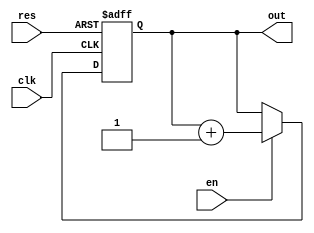
`timescale 1ns / 1ps
//////////////////////////////////////////////////////////////////////////////////
// Design Name: 
// Module Name: program_counter
//////////////////////////////////////////////////////////////////////////////////

module program_counter(out, clk, res,en); // needs to count from 0-63
    output [5:0] out;   //ADD HALT so this stops increasing when once we are done with inputs
    input res, clk,en;
	 
	 reg [5:0] out;
	 
	 always@(posedge clk or posedge res) begin
		if (res)
			out <=-1;
	    else if (en) begin 
			out <= out + 1;
	   end else begin
		out <= out;
		end
	end
endmodule